Lunatic asylums United Prov. 1922-30 - 1922-1930
Year: 1922
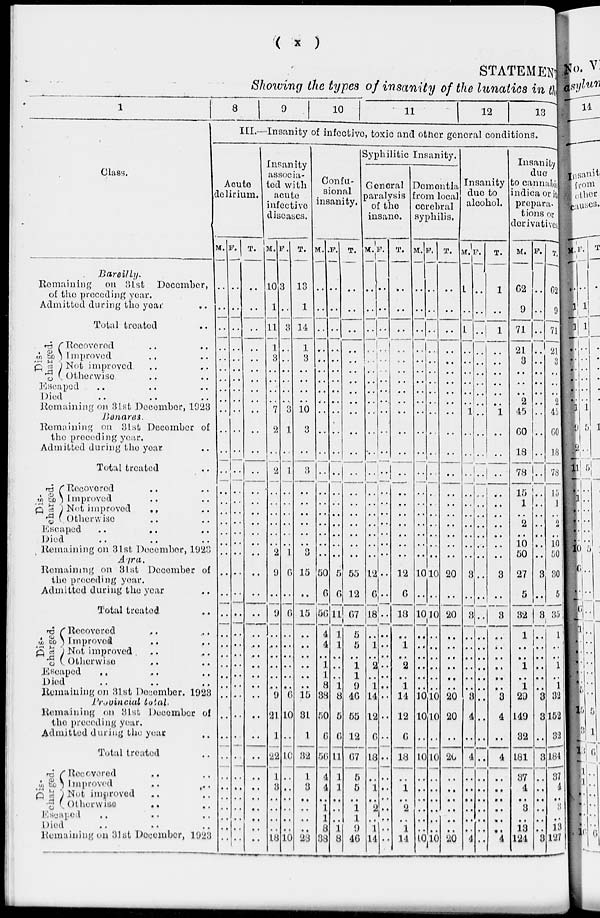
(
x
)
STATEMENT
Showing the types of insanity of the lunatics in the
1
Class.
Bareilly.
Remaining
on 31st December,
of the preceding year.
Admitted during the year ..
Total treated ..
Dis-
charged.
Recovered .. ..
Improved .. ..
Not improved .. ..
Otherwise .. ..
Escaped .. .. ..
Died .. .. ..
Remaining on 31st December, 1923
Benares.
Remaining on 31st December of
the preceding year.
Admitted during the year ..
Total treated ..
Dis-
charged.
Recovered .. ..
Improved .. ..
Not improved .. ..
Otherwise .. ..
Escaped .. .. ..
Died .. .. ..
Remaining on 31st December, 1923
Agra.
Remaining on 31st December of
the preceding year.
Admitted during the year ..
Total treated ..
Dis-
charged.
Recovered .. ..
Improved .. ..
Not improved .. ..
Otherwise .. ..
Escaped .. .. ..
Died .. .. ..
Remaining on 31st December. 1928
Provincial total.
Remaining on 31st December of
the preceding year.
Admitted during the year ..
Total treated ..
Dis-
charged.
Recovered .. ..
Improved .. ..
Not improved .. ..
Otherwise .. ..
Escaped .. .. ..
Died .. .. ..
Remaining on 31st December, 1923
8
9
10
11
12
13
III.—Insanity of infective, toxic and other general conditions.
Acute
delirium.
M.
..
..
..
..
..
..
..
..
..
..
..
..
..
..
..
..
..
..
..
..
..
..
..
..
..
..
..
..
..
..
..
..
..
..
..
..
..
..
..
..
F.
..
..
..
..
..
..
..
..
..
..
..
..
..
..
..
..
..
..
..
..
..
..
..
..
..
..
..
..
..
..
..
..
..
..
..
..
..
..
..
..
T.
..
..
..
..
..
..
..
..
..
..
..
..
..
..
..
..
..
..
..
..
..
..
..
..
..
..
..
..
..
..
..
..
..
..
..
..
..
..
..
..
Insanity
associa-
ted with
acute
infective
diseases.
M.
10
1
11
1
3
..
..
..
..
7
2
..
2
..
..
..
..
..
..
2
9
..
9
..
..
..
..
..
..
9
21
1
22
1
3
..
..
..
..
18
F.
3
..
3
..
..
..
..
..
..
3
1
..
1
..
..
..
..
..
..
1
6
..
6
..
..
..
..
..
..
6
10
..
10
..
..
..
..
..
..
10
T.
13
1
14
1
3
..
..
..
..
10
3
..
3
..
..
..
..
..
..
3
15
..
15
..
..
..
..
..
..
15
31
1
32
1
3
..
..
..
..
28
Confu-
sional
insanity.
M.
..
..
..
..
..
..
..
..
..
..
..
..
..
..
..
..
..
..
..
..
50
6
56
4
4
..
1
1
8
38
50
6
56
4
4
..
1
1
8
38
F.
..
..
..
..
..
..
..
..
..
..
..
..
..
..
..
..
..
..
..
..
5
6
11
1
1
..
..
..
1
8
5
6
11
1
1
..
..
..
1
8
T.
..
..
..
..
..
..
..
..
..
..
..
..
..
..
..
..
..
..
..
..
55
12
67
5
5
..
1
1
9
46
55
12
67
5
5
..
1
1
9
46
Syphilitic Insanity.
General
paralysis
of the
insane.
M.
..
..
..
..
..
..
..
..
..
..
..
..
..
..
..
..
..
..
..
..
12
6
18
..
1
..
2
..
1
14
12
6
18
..
1
..
2
..
1
14
F.
..
..
..
..
..
..
..
..
..
..
..
..
..
..
..
..
..
..
..
..
..
..
..
..
..
..
..
..
..
..
..
..
..
..
..
..
..
..
..
..
T.
..
..
..
..
..
..
..
..
..
..
..
..
..
..
..
..
..
..
..
..
12
6
18
..
1
..
2
..
1
14
12
6
18
..
1
..
2
..
1
14
Dementia
from local
cerebral
syphilis.
M.
..
..
..
..
..
..
..
..
..
..
..
..
..
..
..
..
..
..
..
..
10
..
10
..
..
..
..
..
..
10
10
..
10
..
..
..
..
..
..
10
F.
..
..
..
..
..
..
..
..
..
..
..
..
..
..
..
..
..
..
..
..
10
..
10
..
..
..
..
..
..
10
10
..
10
..
..
..
..
..
..
10
T.
..
..
..
..
..
..
..
..
..
..
..
..
..
..
..
..
..
..
..
..
20
..
20
..
..
..
..
..
..
20
20
..
20
..
..
..
..
..
..
20
Insanity
due to
alcohol.
M.
1
..
1
..
..
..
..
..
..
1
..
..
..
..
..
..
..
..
..
..
3
..
3
..
..
..
..
..
..
3
4
..
4
..
..
..
..
..
..
..
F.
..
..
..
..
..
..
..
..
..
..
..
..
..
..
..
..
..
..
..
..
..
..
..
..
..
..
..
..
..
..
..
..
..
..
..
..
..
..
..
4
T.
1
..
1
..
..
..
..
..
..
1
..
..
..
..
..
..
..
..
..
..
3
..
3
..
..
..
..
..
..
3
4
..
4
..
..
..
..
..
..
.. 4
Insanity
due
to cannabis
indica or it
prepara-
tions or
derivatives.
M.
62
9
71
21
3
..
..
..
2
45
60
18
78
15
1
..
2
..
10
50
27
5
32
1
..
..
1
..
1
29
149
32
181
37
4
..
3
..
13
124
F.
..
..
..
..
..
..
..
..
..
..
..
..
..
..
..
..
..
..
..
..
3
..
3
..
..
..
..
..
..
3
3
..
3
..
..
..
..
..
..
3
T.
62
9
71
21
3
..
..
..
2
45
60
18
78
15
1
..
2
..
10
50
30
5
35
1
..
..
l
..
1
32
152
32
184
37
4
..
..
..
13
127